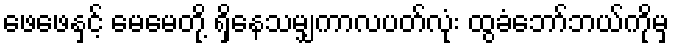
ဖေဖေနှင့် မေမေတို့ ရှိနေသမျှကာလပတ်လုံး ထွခံဘော်ဘယ်ကိုမှ